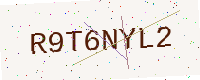
Text: R9T6NYL2